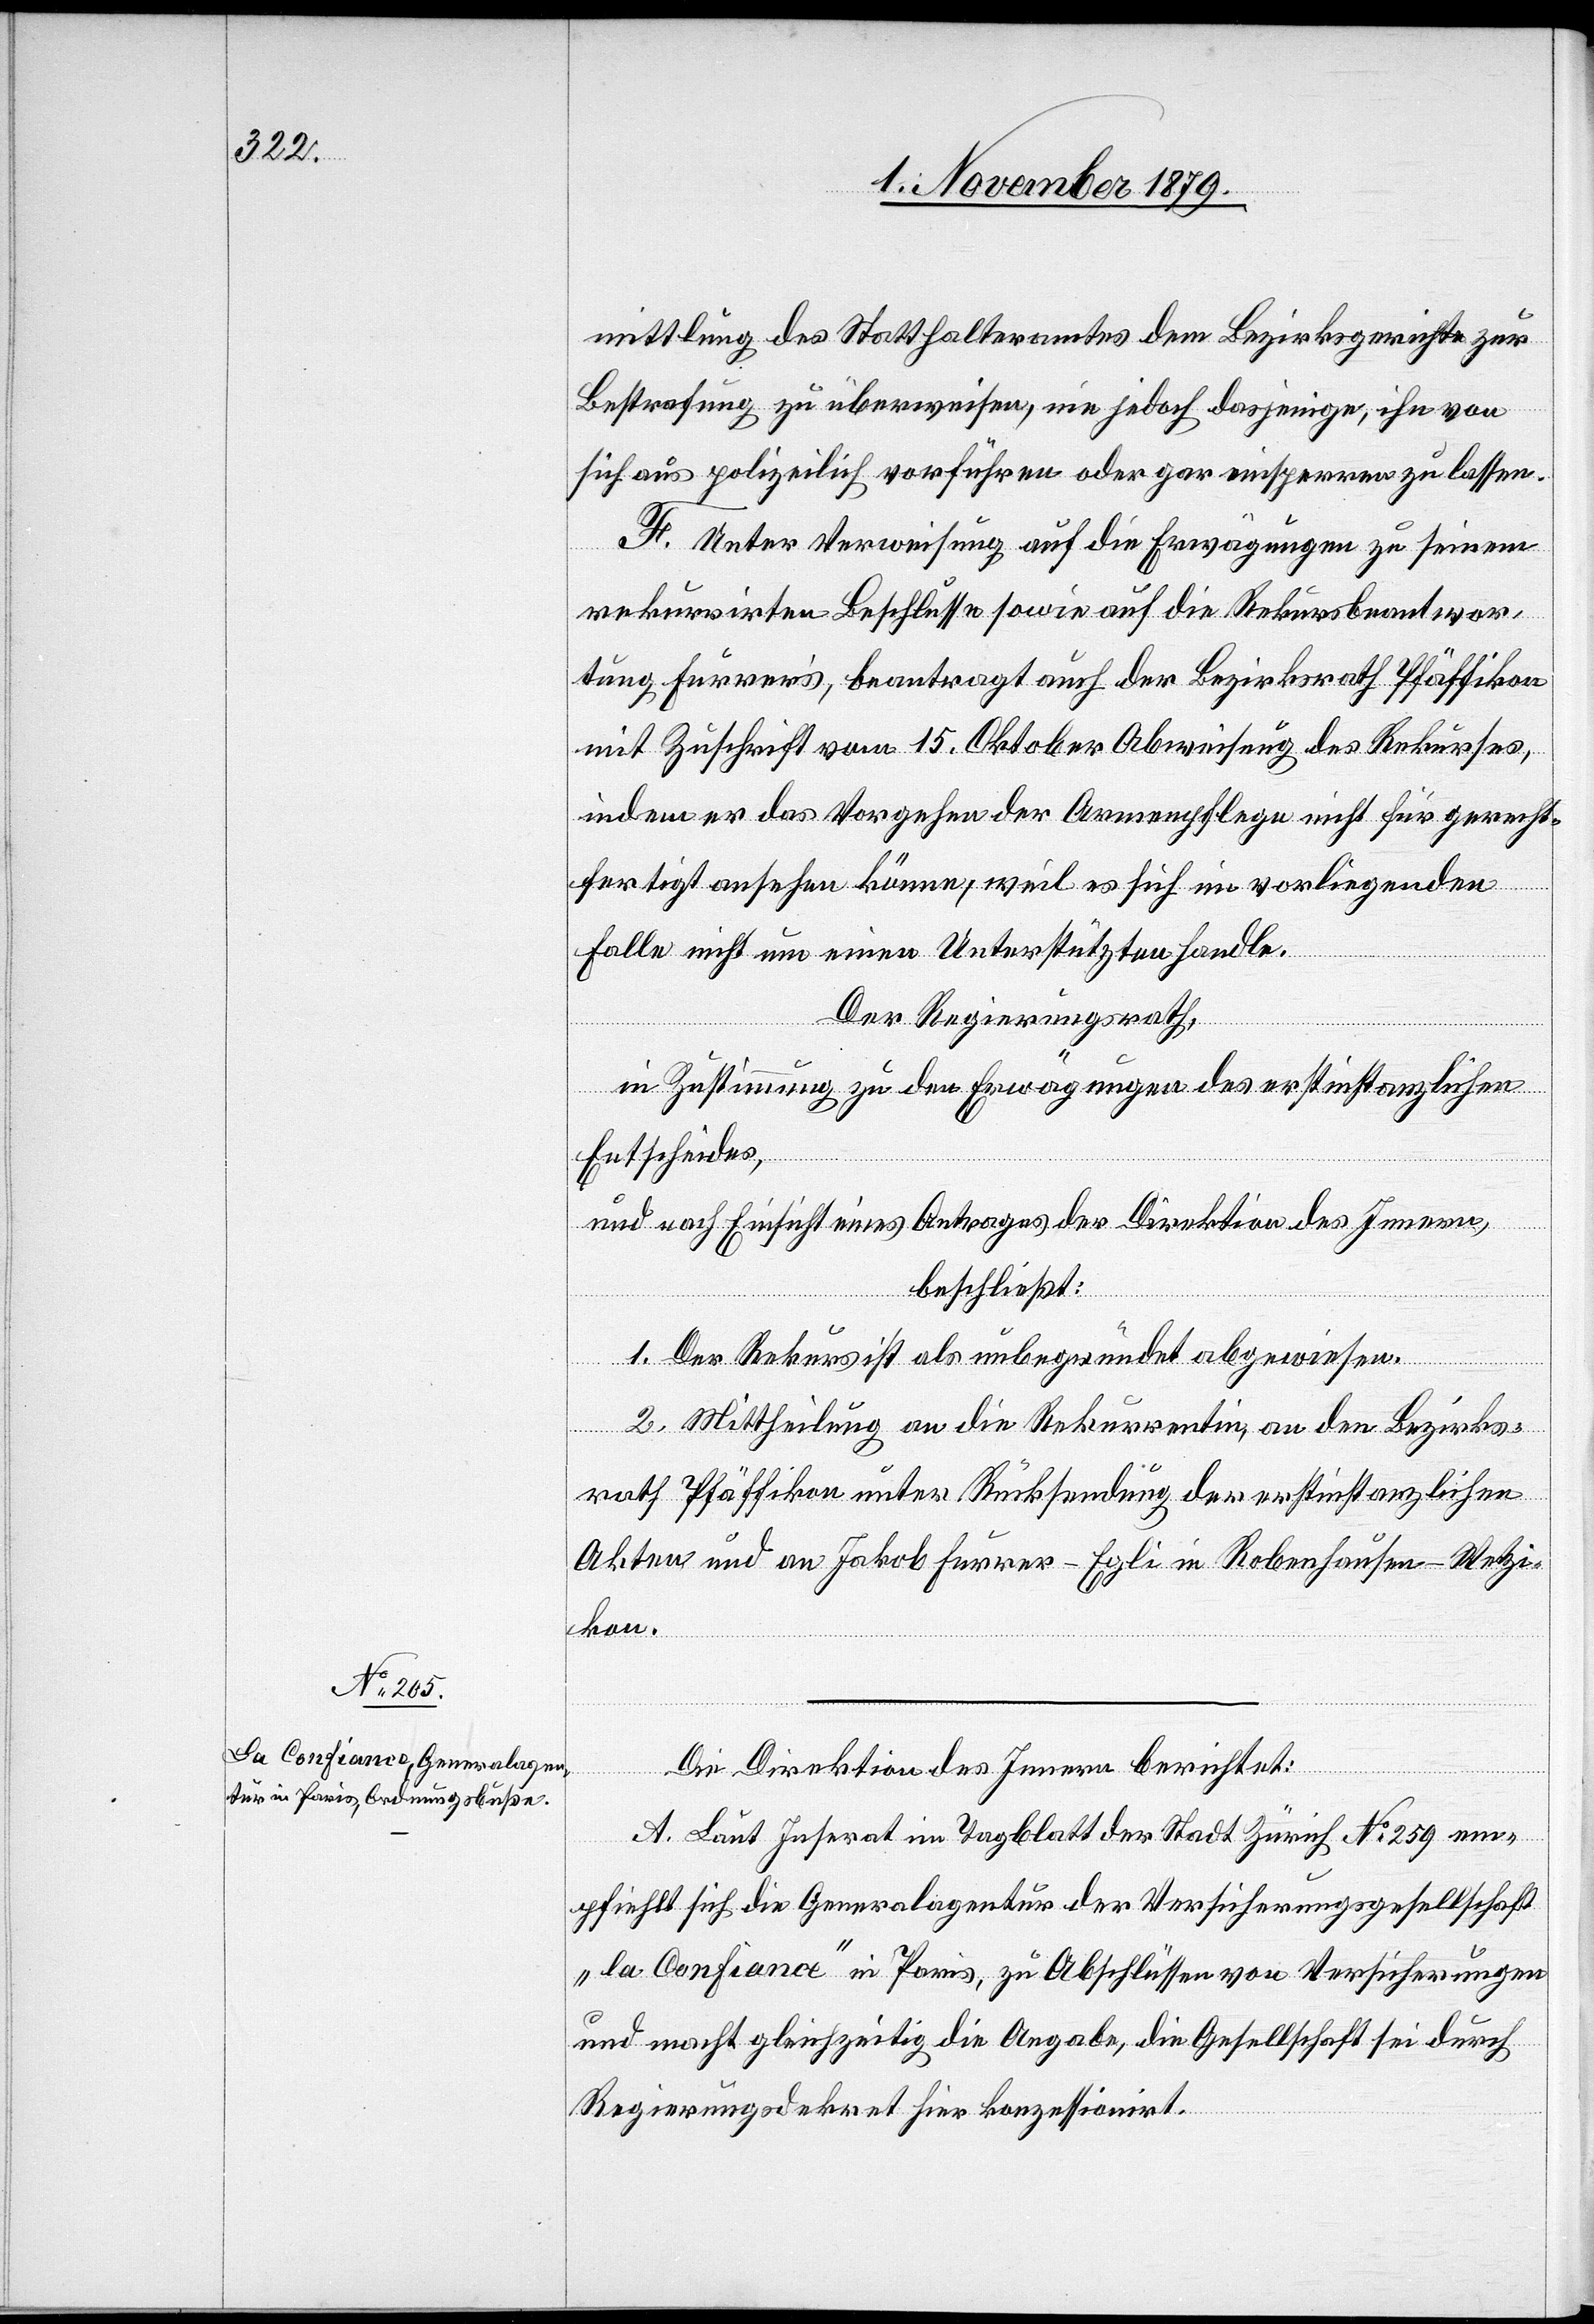
mittlung des Statthalteramtes dem Bezirksgerichte zur
Bestrafung zu überweisen, nie jedoch dasjenige, ihn von
sich aus polizeilich vorführen oder gar einsperren zu lassen.
F. Unter Verweisung auf die Rekursbeantwortung Furrers
mit Zuschrift vom 15. Oktober Abweisung des Rekurses,
indem er das Vorgehen der Armenpflege nicht für gerecht¬
der
fertigt ansehen könne, weil es sich im vorliegenden
Falle nicht um einen Unterstützten handle.
Der Regierungsrath,
in Zustimmung zu den Erwägungen des erstinstanzlichen
Entscheides,
und nach Einsicht eines Antrages der Direktion des Innern,
beschließt:
1. Der Rekurs ist als unbegründet abgewiesen.
2. Mittheilung an die Rekurrentin an den Bezirks¬
rath Pfäffikon unter Rücksendung der erstinstanzlichen
Akten und an Jakob Furrer-Egli in Robenhausen - Wetzi¬
kon.
Die Direktion des Innern berichtet:
A. Laut Inserat im Tagblatt der Stadt Zürich No 259 em¬
pfiehlt sich die Generalagentur der Versicherungsgesellschaft
„la Confiance“ in Paris, zu Abschlüssen von Versicherungen
und macht gleichzeitig die Angabe, die Gesellschaft sei durch
Regierungsdekret hier konzessionirt.